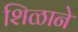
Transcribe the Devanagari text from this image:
शिळाने